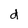
Character: d